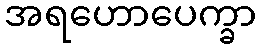
အရဟောပေက္ခာ